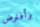
وأفترض